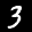
Label: 3